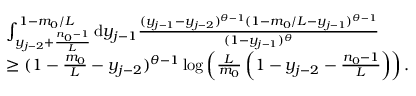
\begin{array} { r l } & { \int _ { y _ { j - 2 } + \frac { n _ { 0 } - 1 } { L } } ^ { 1 - m _ { 0 } / L } \mathrm { d } y _ { j - 1 } \frac { ( y _ { j - 1 } - y _ { j - 2 } ) ^ { \theta - 1 } ( 1 - m _ { 0 } / L - y _ { j - 1 } ) ^ { \theta - 1 } } { ( 1 - y _ { j - 1 } ) ^ { \theta } } } \\ & { \geq ( 1 - \frac { m _ { 0 } } { L } - y _ { j - 2 } ) ^ { \theta - 1 } \log \left( \frac { L } { m _ { 0 } } \left( 1 - y _ { j - 2 } - \frac { n _ { 0 } - 1 } { L } \right) \right) . } \end{array}